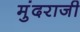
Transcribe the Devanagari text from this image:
मुंदराजी